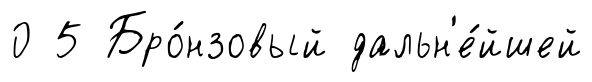
0 5 Бро́нзовый дальн'е́йшей